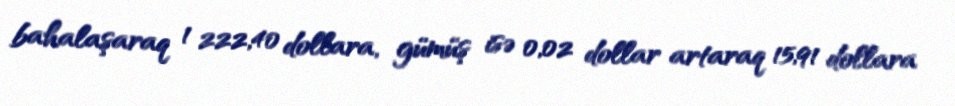
bahalaşaraq 1 222,40 dollara, gümüş isə 0,02 dollar artaraq 15,91 dollara